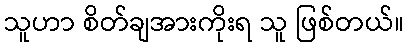
သူဟာ စိတ်ချအားကိုးရ သူ ဖြစ်တယ်။